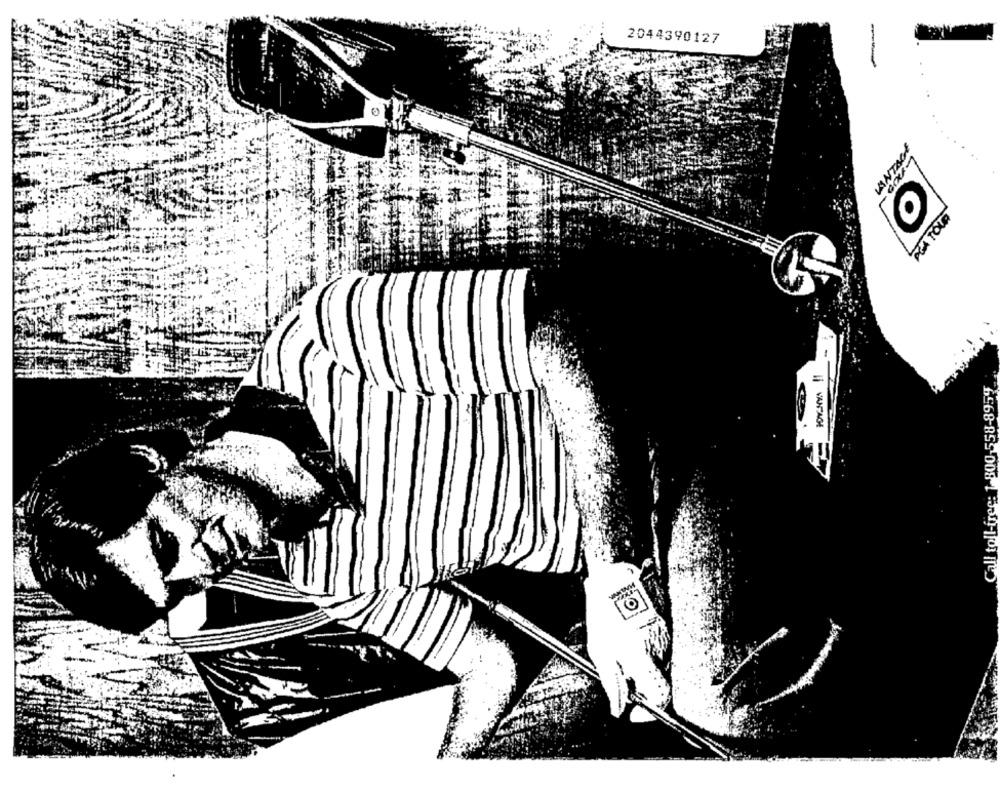
2044390127
PORLINEA
PGA TOUR
O
Call toll-free: 1 800-558-8954
.
IVANTAGE